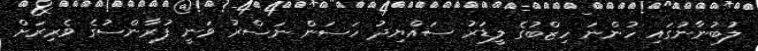
ލުބުނާނުގައި ހުންނަ ހިޒްބުގެ ލީޑަރު ސައްޔިދު ހަސަން ނަސްރު ވަނީ ފުރާންސުގެ ވެރިރަށް